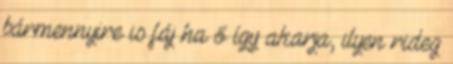
bármennyire is fáj ha ő így akarja, ilyen rideg